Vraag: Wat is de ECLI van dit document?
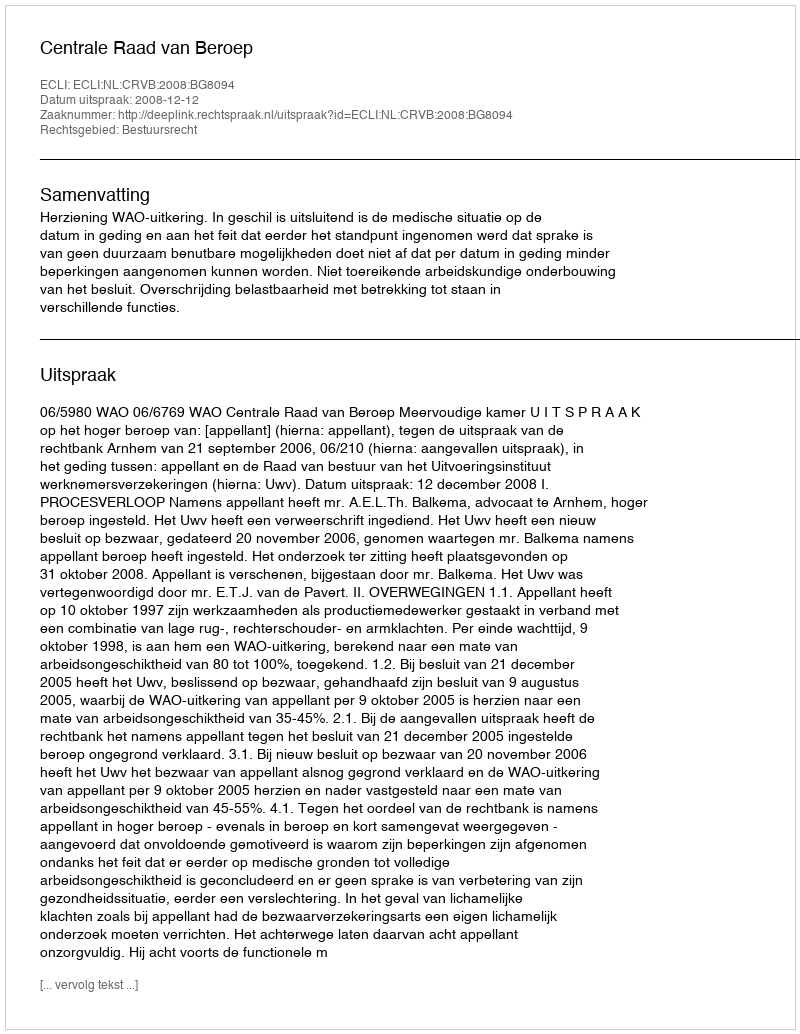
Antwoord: ECLI:NL:CRVB:2008:BG8094